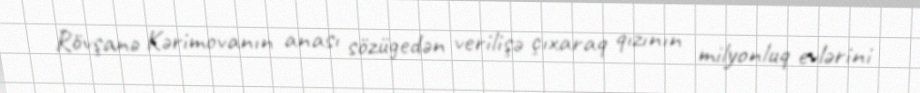
Rövşanə Kərimovanın anası sözügedən verilişə çıxaraq qızının milyonluq evlərini